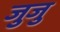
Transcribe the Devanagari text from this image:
जुजु